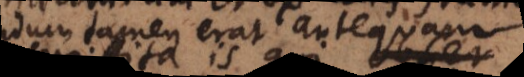
tentandum tamen erat antequam